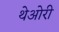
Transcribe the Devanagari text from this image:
थेओरी